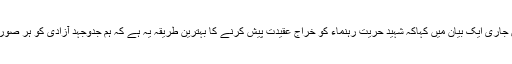
کشمیرمیڈیاسروس کے مطابق سید لعی گیلانی نے سرینگر میں جاری ایک بیان میں کہاکہ شہید حریت رہنماء کو خراج عقیدت پیش کرنے کا بہترین طریقہ یہ ہے کہ ہم جدوجہد آزادی کو ہر صورت میں اور ہر قیمت پر اسکے منطقی انجام تک جاری رکھیں ۔